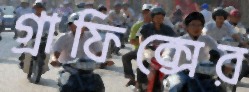
গ্রাফিক্সের